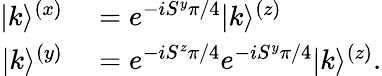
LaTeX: \begin{array}{rl}{|k\rangle^{(x)}}&{{}=e^{-iS^{y}\pi/4}|k\rangle^{(z)}}\\ {|k\rangle^{(y)}}&{{}=e^{-iS^{z}\pi/4}e^{-iS^{y}\pi/4}|k\rangle^{(z)}.}\end{array}